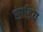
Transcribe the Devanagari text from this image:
साडिय